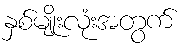
နှစ်မျိုးလုံးအတွက်